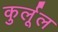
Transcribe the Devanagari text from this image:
कुर्लूल